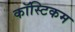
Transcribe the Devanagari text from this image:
कॉस्टिकम